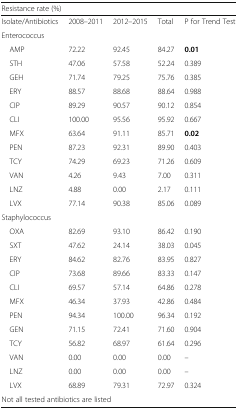
| <COLSPAN=5> Resistance rate (%) |
 | --- | --- | --- | --- | --- |
 | Isolate/Antibiotics | 2008–2011 | 2012–2015 | Total | P for Trend Test |
 | <COLSPAN=5> Enterococcus |
 | AMP | 72.22 | 92.45 | 84.27 | 0.01 |
 | STH | 47.06 | 57.58 | 52.24 | 0.389 |
 | GEH | 71.74 | 79.25 | 75.76 | 0.385 |
 | ERY | 88.57 | 88.68 | 88.64 | 0.988 |
 | CIP | 89.29 | 90.57 | 90.12 | 0.854 |
 | CLI | 100.00 | 95.56 | 95.92 | 0.667 |
 | MFX | 63.64 | 91.11 | 85.71 | 0.02 |
 | PEN | 87.23 | 92.31 | 89.90 | 0.403 |
 | TCY | 74.29 | 69.23 | 71.26 | 0.609 |
 | VAN | 4.26 | 9.43 | 7.00 | 0.311 |
 | LNZ | 4.88 | 0.00 | 2.17 | 0.111 |
 | LVX | 77.14 | 90.38 | 85.06 | 0.089 |
 | <COLSPAN=5> Staphylococcus |
 | OXA | 82.69 | 93.10 | 86.42 | 0.190 |
 | SXT | 47.62 | 24.14 | 38.03 | 0.045 |
 | ERY | 84.62 | 82.76 | 83.95 | 0.827 |
 | CIP | 73.68 | 89.66 | 83.33 | 0.147 |
 | CLI | 69.57 | 57.14 | 64.86 | 0.278 |
 | MFX | 46.34 | 37.93 | 42.86 | 0.484 |
 | PEN | 94.34 | 100.00 | 96.34 | 0.192 |
 | GEN | 71.15 | 72.41 | 71.60 | 0.904 |
 | TCY | 56.82 | 68.97 | 61.64 | 0.296 |
 | VAN | 0.00 | 0.00 | 0.00 | – |
 | LNZ | 0.00 | 0.00 | 0.00 | – |
 | LVX | 68.89 | 79.31 | 72.97 | 0.324 |
 | <COLSPAN=5> Not all tested antibiotics are listed |